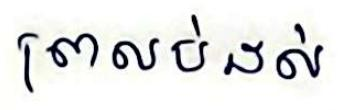
ព្រលប់ដល់